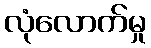
လုံလောက်မှု